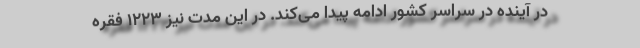
در آینده در سراسر کشور ادامه پیدا می‌کند. در این مدت نیز ۱۲۲۳ فقره